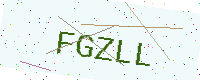
Text: FGZLL